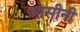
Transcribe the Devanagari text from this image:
आसीनी